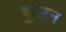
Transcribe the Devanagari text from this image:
कुलन